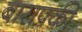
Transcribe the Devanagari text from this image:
बारापकी